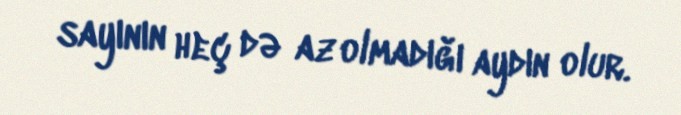
sayının heç də az olmadığı aydın olur.